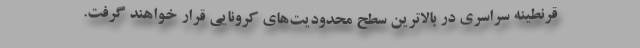
قرنطینه سراسری در بالاترین سطح محدودیت‌های کرونایی قرار خواهند گرفت.